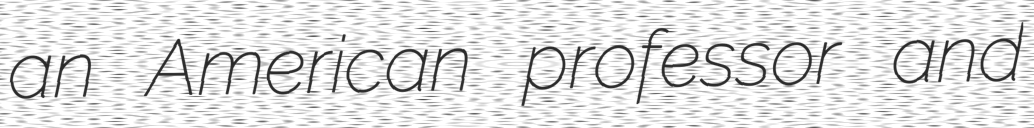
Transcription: an American professor and